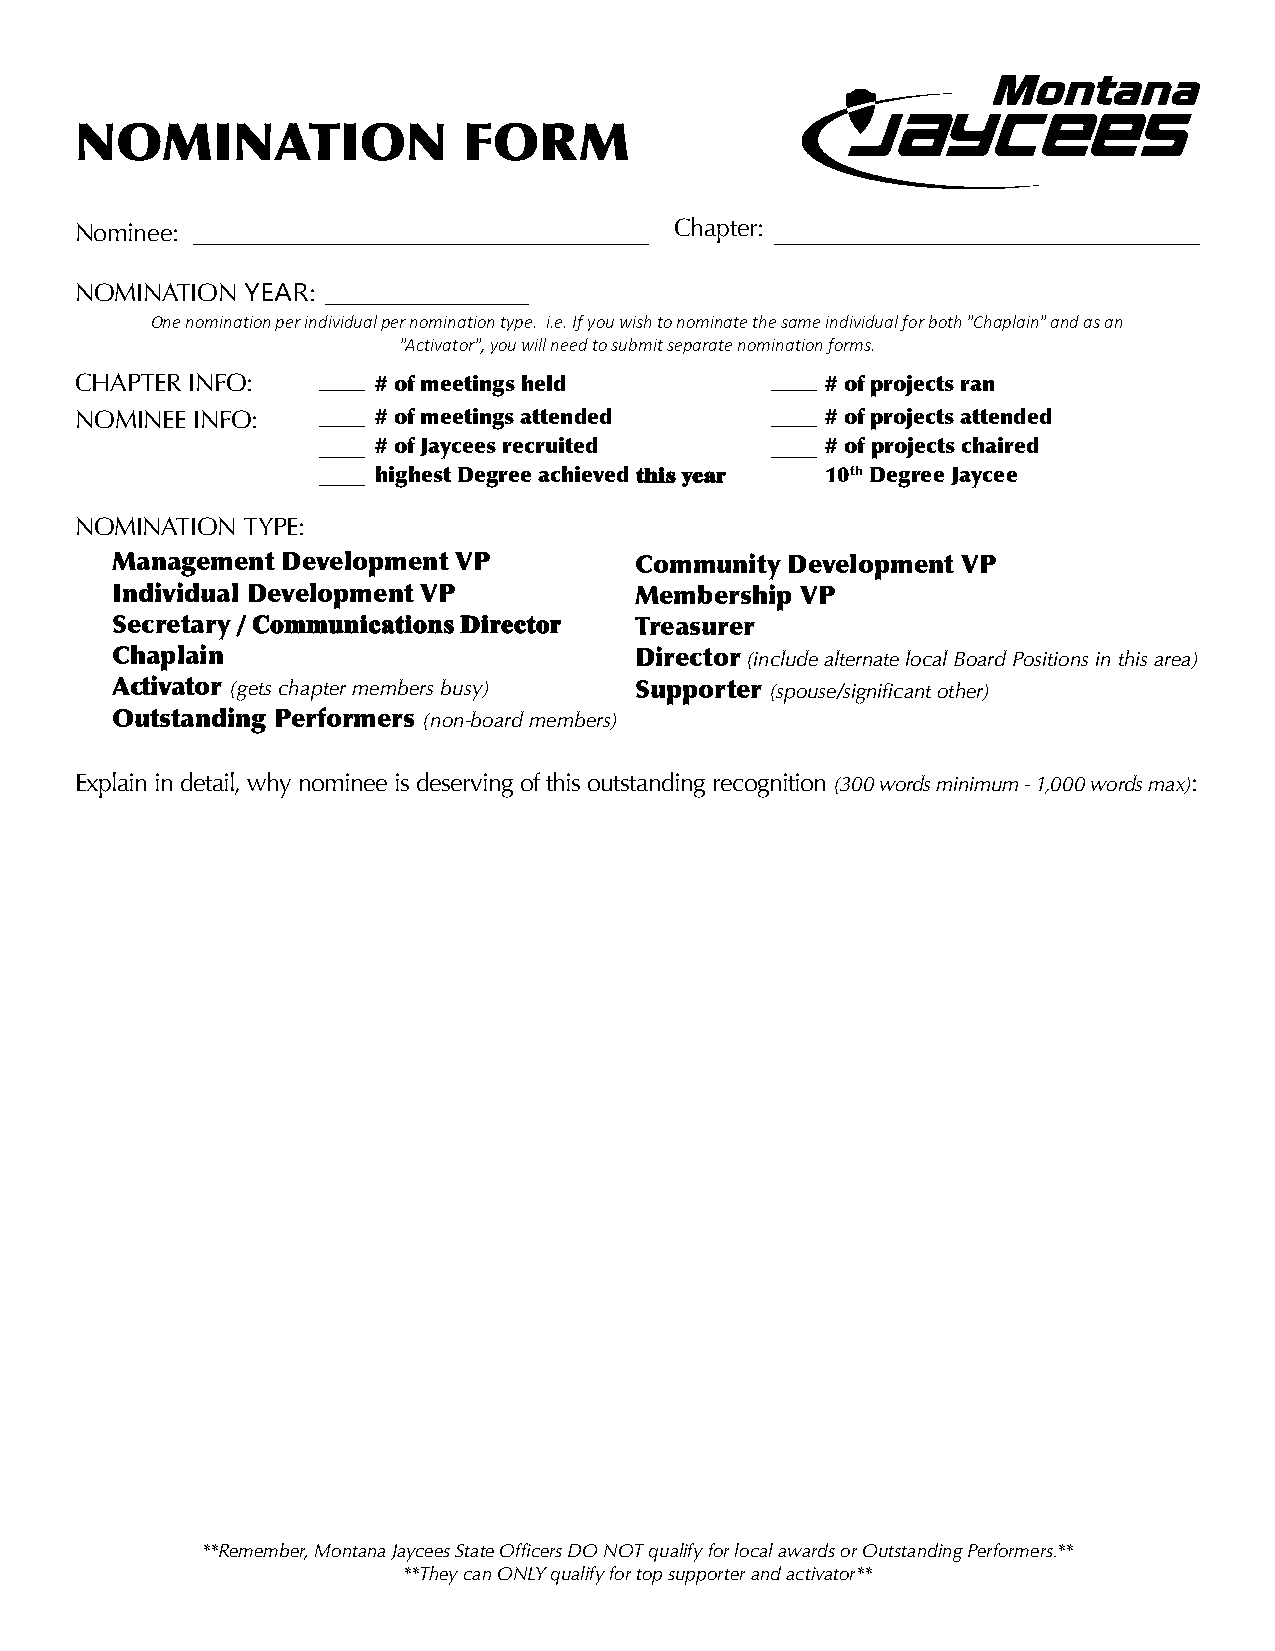
NOMINATION                FORM
 Nominee:                                Chapter:
 NOMINATION YEAR:
 One nomination per individual per nomination type. i.e. If you wish to nominate the same individual for both "Chaplain" and as an
 "Activator", you will need to submit separate nomination forms.
 CHAPTER INFO:       # of meetings held            # of projects ran
 NOMINEE INFO:       # of meetings attended        # of projects attended
 # of Jaycees recruited        # of projects chaired
 highest Degree achieved this year 10th Degree Jaycee
 NOMINATION TYPE:
 Management  Development VP         Community Development VP
 Individual Development VP          Membership VP
 Secretary / Communications Director Treasurer
 Chaplain                           Director (include alternate local Board Positions in this area)
 Activator (gets chapter members busy) Supporter (spouse/significant other)
 Outstanding Performers (non-board members)
 Explain in detail, why nominee is deserving of this outstanding recognition (300 words minimum - 1,000 words max):
 **Remember, Montana Jaycees State Officers DO NOT qualify for local awards or Outstanding Performers.**
 **They can ONLY qualify for top supporter and activator**